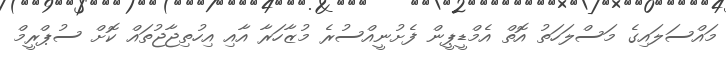
މައްސަލައިގެ މަސްލަހަތު އޮތް އެމްޑީޕީން ފެށުނީއްސުރެ މުޒާހަރާ އާއި އިހުތިޖާޖުތައް ކޮށް ސުޕްރީމް